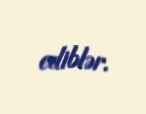
ediblər.